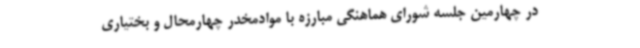
در چهارمین جلسه شورای هماهنگی مبارزه با موادمخدر چهارمحال و بختیاری